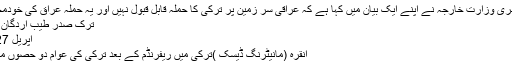
ا س حوالے سے مصری وزارت خارجہ نے اپنے ایک بیان میں کہا ہے کہ عراقی سر زمین پر ترکی کا حملہ قابل قبول نہیں اور یہ حملہ عراق کی خودمختاری کےخلاف …
ترک صدر طیب اردگان کے برے دن شروع
اپریل 27, 2017	1,745
انقرہ (مانیٹرنگ ڈیسک )ترکی میں ریفرنڈم کے بعد ترکی کی عوام دو حصوں میں تقسیم ہو رہی ہے۔